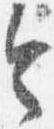
令